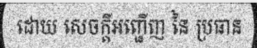
ដោយ សេចក្តីអញ្ជើញ នៃ ប្រធាន